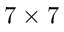
7 \times 7